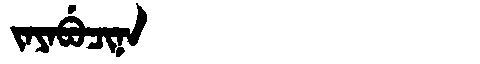
Manchu: ᠵᠠᠶᠠᠪᡠᠴᡳᠨᠠ
Romanization: JAYABUCINA